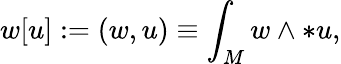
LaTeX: w[u]:=(w,u)\equiv\int_{M}w\wedge*u,